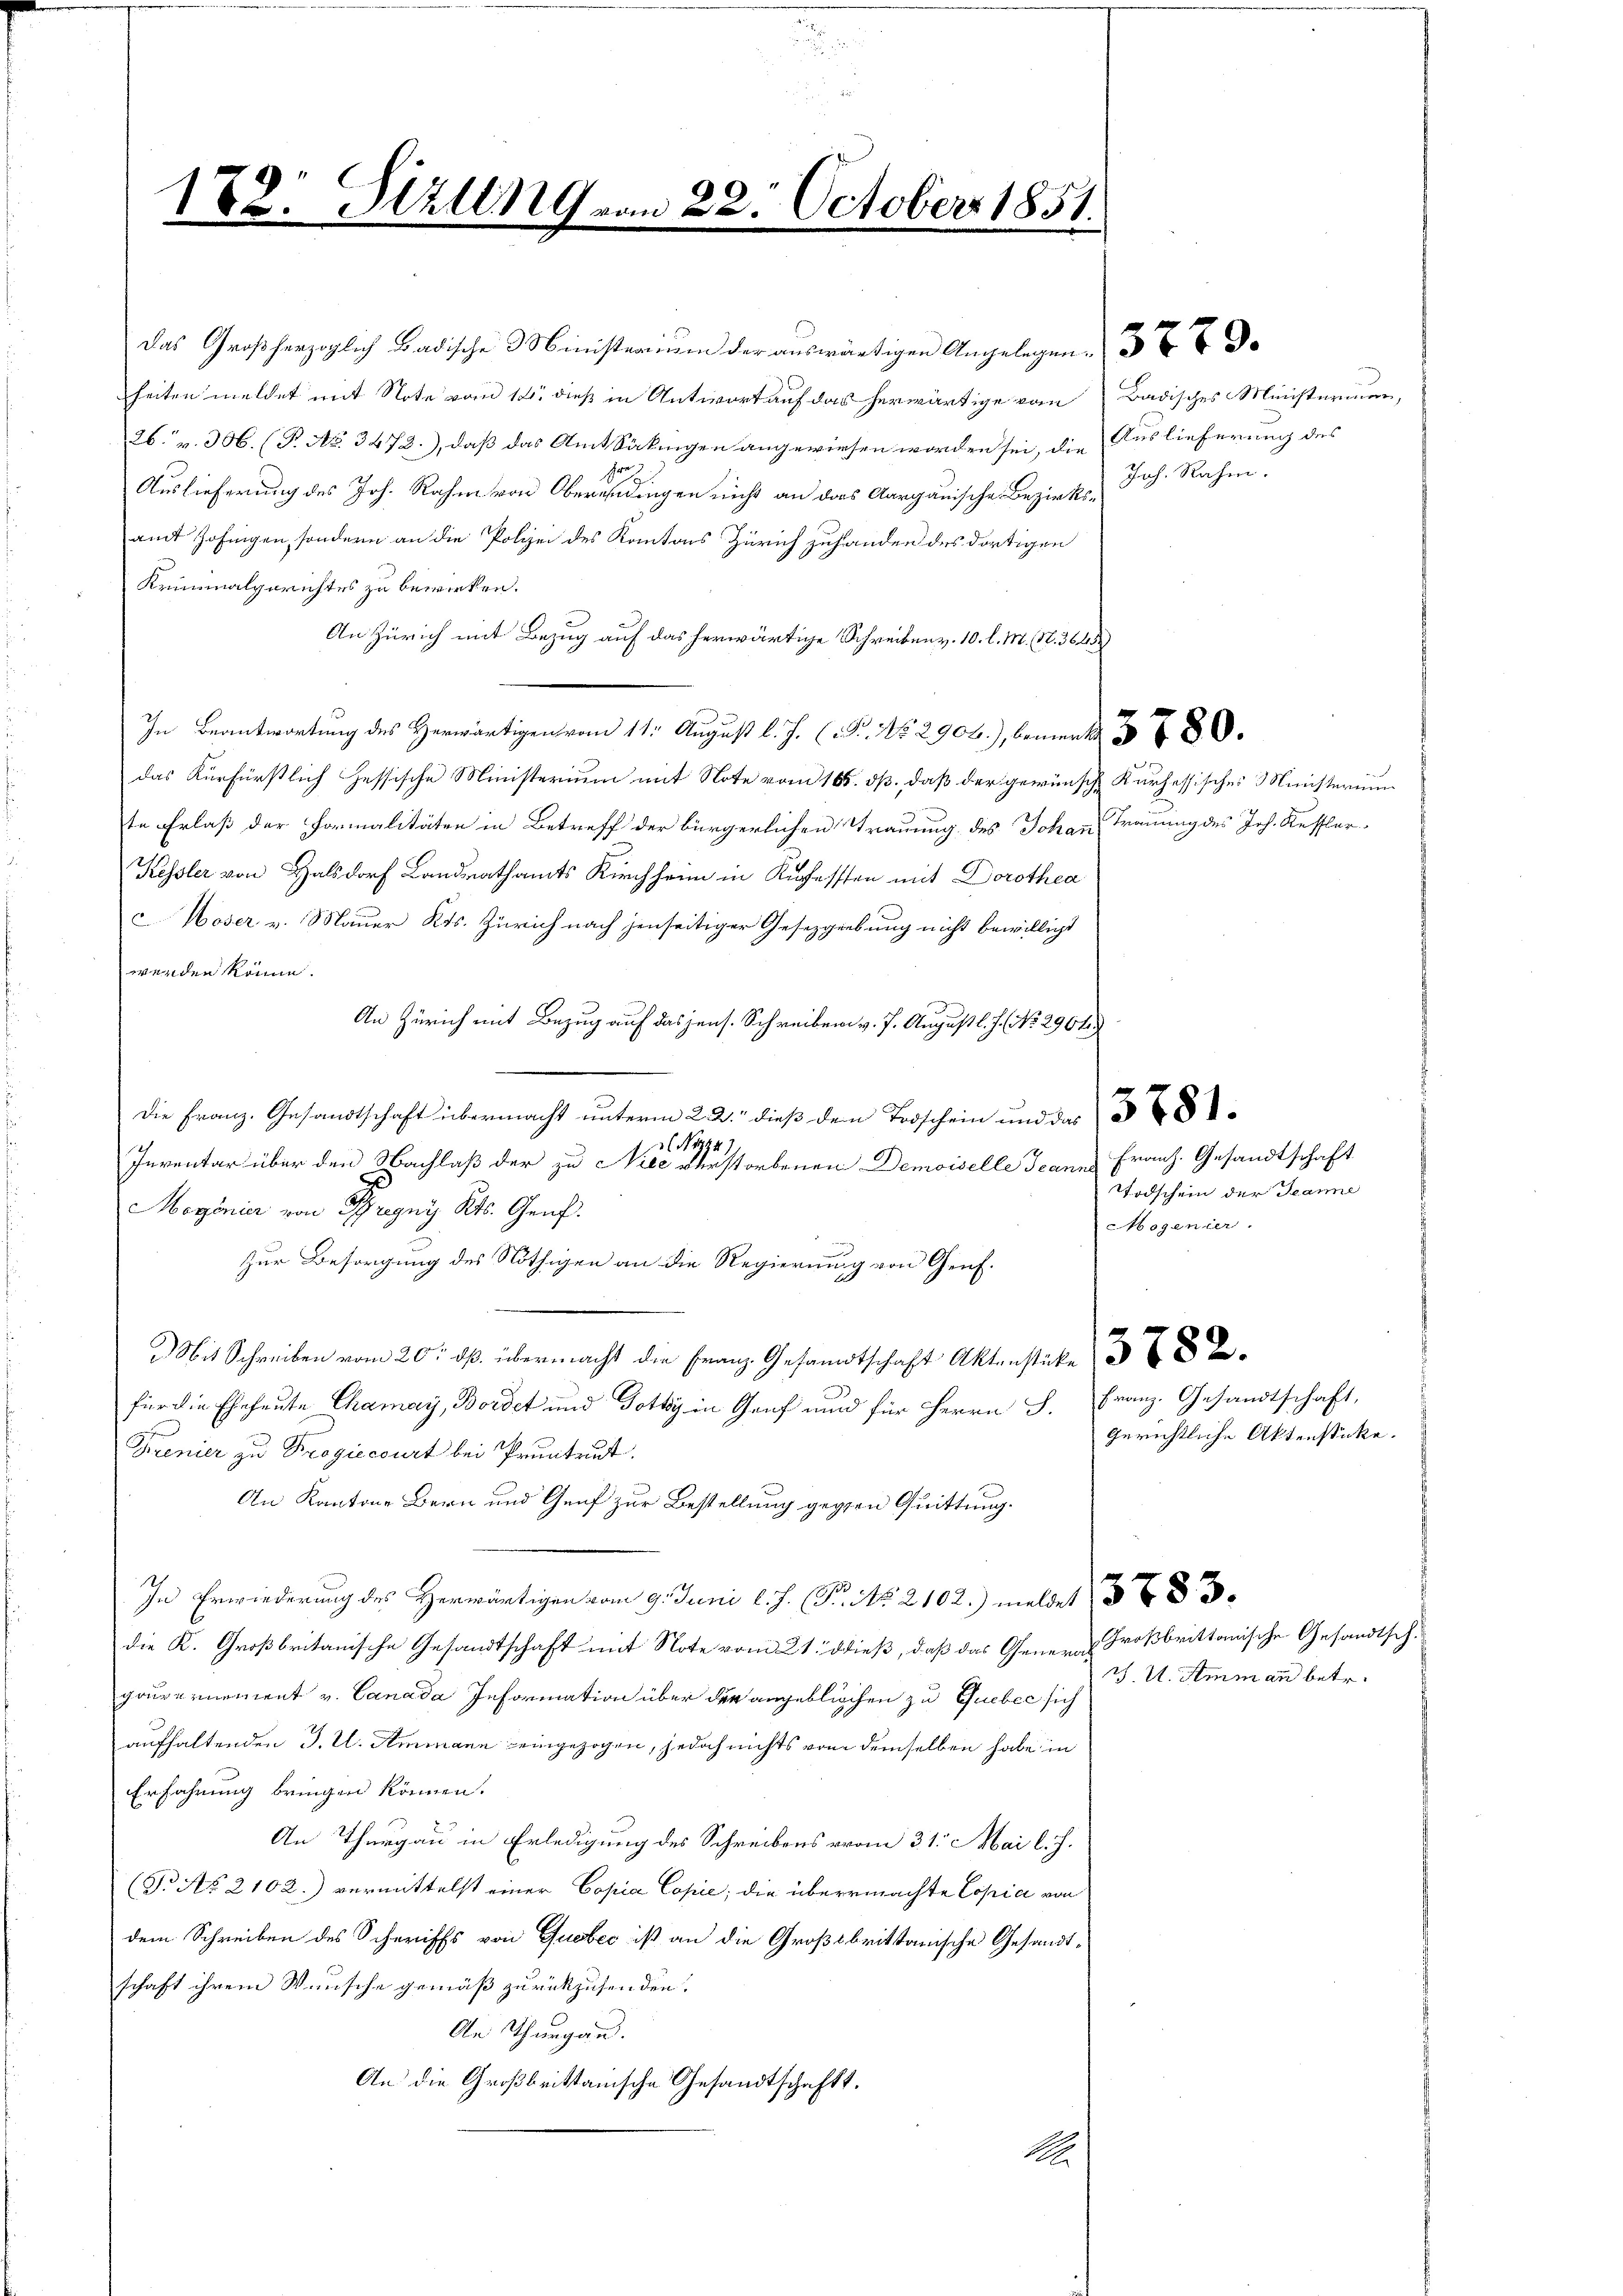
182. Stilln9 vom 22. October 1851.

26. v. 306. (P. No. 3472.), daß das Amt Säkingen angewiesen worden sei, die Auslieferung des
Auslieferung des Joh. Rahm von Oberdingen nicht an das Aargauische Bezirks-Joh. Rahm.
amt Zofingen, sondern an die Polzei des Kantons Zürich zuhanden des dortigen
Kriminalgerichtes zu bewirken.
An Zürich mit Bezug auf das herwärtige Schreiben v. 10. l. M. N. 3665
  ..  No. 290), bemert 30
das Kurfürstlich Zessische Ministerium mit Note vom 165. dß., daß der gewünsch Kurhessisches Ministerium
te Erlaß der Formalitäten in Betreff der bürgerlichen Trauung des Johann Trauung des Joh. Kessler-
Kessler von Halsdorf Landrathamts Kirchheim in Kuessten mit Dorothea
Noser v. Mauer Kts. Zürich nach jenseitiger Gesetzgebung nicht bewilligt
werden könne.
An Zürich mit Bezug auf das jens. Schreiben v. 7. August l. J. No. 2964
Die Franz. Gesandtschaft übermacht unterm 22. dieß dem Todschein und das
N4847.
Inventar über den Nachlaß der zu Niee derstorbenen Demoiselle Jean Franz. Gesandtschaft
Mogonier von Brigny Kts. Genf.
Zur Besorgung des Nöthigen an die Regierung von Genf.
) Mit Schreiben vom 20. ds. übermacht die Franz Gesandtschaft Aktenstücke 3
für die Eheleute Chamay, Bordet und Totty in Graf und für Herrn S. Franz-Gesandtschaft,
Frenier zu Progiecourt bei Pruntrut
An Kantone Bern und Genf zur Bestellung gegen Quittung.
In Erwiederung des Herwärtigen vom 9. Juni l. J. P. Nr. 2102) meldet
die K. Großbritanische Gesandtschaft mit Note vom 21. dieß, daß das General Großbrittanische Gesandtschgouvernement v. Canada Information über der angeblichen zu Guebec sich
aufhaltenden J. U. Ammann eingezogen, jedoch nichts von demselben habe in
Erfahrung bringen können.
An Thurgau in Erledigung des Schreibens vom 31. Mai l. J.
(T No. 2102.) vermittelst einer Copia Copie; die übermachte Copia von
dem Schreiben des Schiffs von Quobec ist an die Großbrittanische Gesandtschaft ihrem Wunsche gemäß zurückzusenden.
An Thurgau.
An die Großbrittanische Gesandtschaft.
1.

Das Großherzoglich Badische 3 Ministerium der auswärtigen Angelegen 3 Do
heiten meldet mit Note vom 14. dieß in Antwort auf das herwärtige vom Badisches Ministerium,

Todschein der Jeanne
Mogenier.

gerichtliche Aktenstücke.

v. U. Ammann betr.